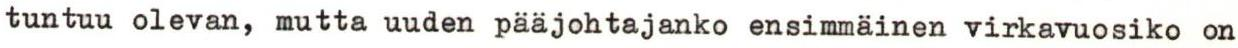
tuntuu olevan, mutta uuden pääjohtajanko ensimmäinen virkavuosiko on